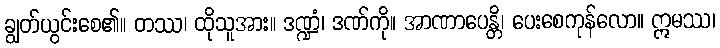
ချွတ်ယွင်းစေ၏။ တဿ၊ ထိုသူအား။ ဒဏ္ဍံ၊ ဒဏ်ကို။ အာဏာပေန္တိ၊ ပေးစေကုန်လော။ ဣမဿ၊